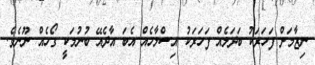
ނިޒާމަށް ފަހަރަކު ބަދަލެއް ފަހަރަކު އިސްލާހެއް އެބަ އާދެއޭ ބުނުމަކީ ގޯހެއް ނޫނެވެ.